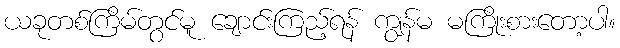
ယခုတစ်ကြိမ်တွင်မူ ချောင်းကြည့်ရန် ကျွန်မ မကြိုးစားတော့ပါ။